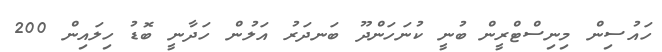
ހައުސިން މިނިސްޓްރީން ބުނީ ކުނަހަންދޫ ބަނދަރު އަލުން ހަދާނީ ބޮޑު ހިލައިން 200